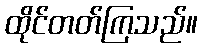
ထိုင်တတ်ကြသည်။